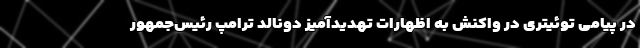
در پیامی توئیتری در واکنش به اظهارات تهدیدآمیز دونالد ترامپ رئیس‌جمهور